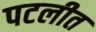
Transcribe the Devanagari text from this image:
पटलीत